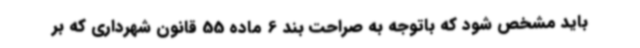
باید مشخص شود که باتوجه به صراحت بند 6 ماده 55 قانون شهرداری که بر